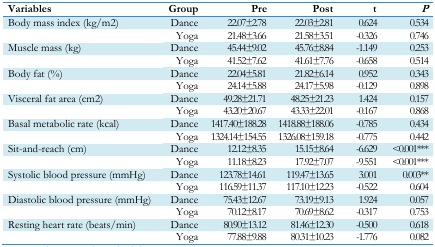
<table><thead><tr><td><b>Variables</b></td><td><b>Group</b></td><td><b>Pre</b></td><td><b>Post</b></td><td><b>t</b></td><td><b><i>P</i></b></td></tr></thead><tbody><tr><td>Body mass index (kg/m<sup>2</sup>)</td><td>Dance</td><td>22.07±2.78</td><td>22.03±2.81</td><td>0.624</td><td>0.534</td></tr><tr><td></td><td>Yoga</td><td>21.48±3.66</td><td>21.58±3.51</td><td>−0.326</td><td>0.746</td></tr><tr><td>Muscle mass (kg)</td><td>Dance</td><td>45.44±9.02</td><td>45.76±8.84</td><td>−1.149</td><td>0.253</td></tr><tr><td></td><td>Yoga</td><td>41.52±7.62</td><td>41.61±7.76</td><td>−0.658</td><td>0.514</td></tr><tr><td>Body fat (%)</td><td>Dance</td><td>22.04±5.81</td><td>21.82±6.14</td><td>0.952</td><td>0.343</td></tr><tr><td></td><td>Yoga</td><td>24.14±5.88</td><td>24.17±5.98</td><td>−0.129</td><td>0.898</td></tr><tr><td>Visceral fat area (cm<sup>2</sup>)</td><td>Dance</td><td>49.28±21.71</td><td>48.25±21.23</td><td>1.424</td><td>0.157</td></tr><tr><td></td><td>Yoga</td><td>43.20±20.67</td><td>43.33±22.01</td><td>−0.167</td><td>0.868</td></tr><tr><td>Basal metabolic rate (kcal)</td><td>Dance</td><td>1417.40±188.28</td><td>1418.88±188.06</td><td>−0.785</td><td>0.434</td></tr><tr><td></td><td>Yoga</td><td>1324.14±154.55</td><td>1326.08±159.18</td><td>−0.775</td><td>0.442</td></tr><tr><td>Sit-and-reach (cm)</td><td>Dance</td><td>12.12±8.35</td><td>15.15±8.64</td><td>−6.629</td><td>&lt;0.001***</td></tr><tr><td></td><td>Yoga</td><td>11.18±8.23</td><td>17.92±7.07</td><td>−9.551</td><td>&lt;0.001***</td></tr><tr><td>Systolic blood pressure (mmHg)</td><td>Dance</td><td>123.78±14.61</td><td>119.47±13.65</td><td>3.001</td><td>0.003**</td></tr><tr><td></td><td>Yoga</td><td>116.59±11.37</td><td>117.10±12.23</td><td>−0.522</td><td>0.604</td></tr><tr><td>Diastolic blood pressure (mmHg)</td><td>Dance</td><td>75.43±12.67</td><td>73.19±9.13</td><td>1.924</td><td>0.057</td></tr><tr><td></td><td>Yoga</td><td>70.12±8.17</td><td>70.69±8.62</td><td>−0.317</td><td>0.753</td></tr><tr><td>Resting heart rate (beats/min)</td><td>Dance</td><td>80.90±13.12</td><td>81.46±12.30</td><td>−0.500</td><td>0.618</td></tr><tr><td></td><td>Yoga</td><td>77.88±9.88</td><td>80.31±10.23</td><td>−1.776</td><td>0.082</td></tr></tbody></table>